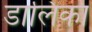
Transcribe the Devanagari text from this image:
डालिका